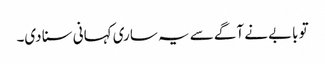
تو بابے نے آگے سے یہ ساری کہانی سنا دی۔